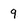
Character: 9